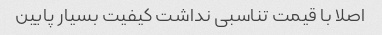
اصلا با قیمت تناسبی نداشت کیفیت بسیار پایین